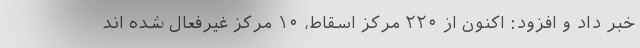
خبر داد و افزود: اکنون از ۲۲۰ مرکز اسقاط، ۱۰ مرکز غیرفعال شده اند